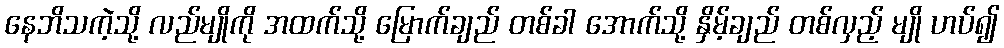
နေဘိသကဲ့သို့ လည်မျိုကို အထက်သို့ မြောက်ချည် တစ်ခါ အောက်သို့ နှိမ့်ချည် တစ်လှည့် မျို ဟပ်၍